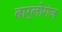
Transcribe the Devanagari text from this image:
बार्लोगंज